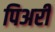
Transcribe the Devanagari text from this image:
पिअरी